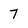
Character: 7